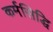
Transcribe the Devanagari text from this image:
कर्मसिद्धि